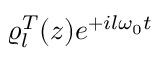
\varrho _ { l } ^ { T } ( z ) e ^ { + i l \omega _ { 0 } t }